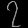
Digit: ၇